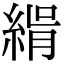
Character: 𦂝